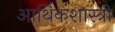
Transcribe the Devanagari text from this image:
आर्थिकशास्त्री